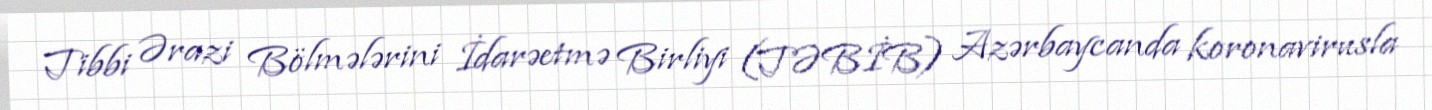
Tibbi Ərazi Bölmələrini İdarəetmə Birliyi (TƏBİB) Azərbaycanda koronavirusla